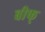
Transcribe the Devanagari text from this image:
बीफ्